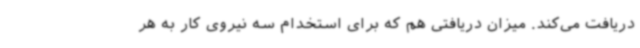
دریافت می‌کند. میزان دریافتی هم که برای استخدام سه نیروی کار به هر